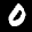
Label: 0